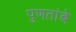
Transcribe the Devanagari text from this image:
पुणतांबे